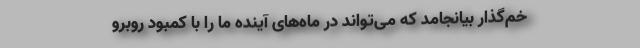
خم‌گذار بیانجامد که می‌تواند در ماه‌های آینده ما را با کمبود روبرو